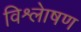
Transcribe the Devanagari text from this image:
विश्लेाषण